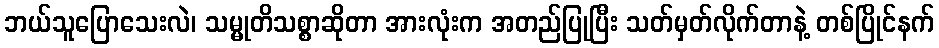
ဘယ်သူပြောသေးလဲ၊ သမ္မုတိသစ္စာဆိုတာ အားလုံးက အတည်ပြုပြီး သတ်မှတ်လိုက်တာနဲ့ တစ်ပြိုင်နက်